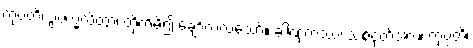
ကုပ္ပတိ၊ ဥပက္ခလိတွာ၊ တိုက်မိ၍ ချော်လဲလသော်။ ခါဏုကဿ၊ သစ်ငုတ်အား။ ကုပ္ပတိ၊